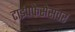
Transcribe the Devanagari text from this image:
टाईपफेसेसवर